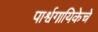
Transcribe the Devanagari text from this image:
पार्श्वगायिकेचे